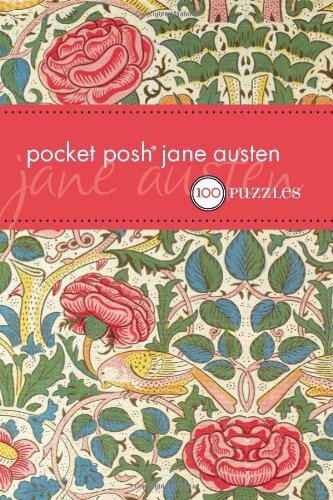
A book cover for Pocket Posh Jane Austen: 100 Puzzles & Quizzes; The Puzzle Society; Humor & Entertainment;